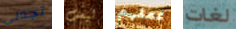
تجدني ليست عملهم لغات